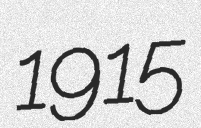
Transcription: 1915